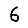
Digit: 6